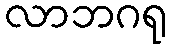
လာဘဂရု